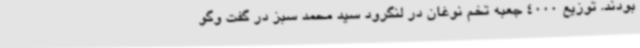
بودند. توزیع 4000 جعبه تخم نوغان در لنگرود سید محمد سبز در گفت وگو